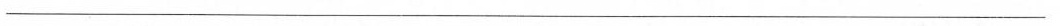
___